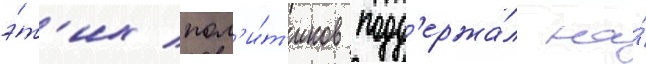
э́т'их пол'и́т'иков подд'ержа́л на́